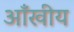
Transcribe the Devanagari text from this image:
आँखीय